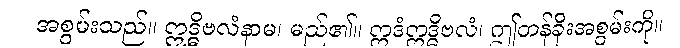
အစွမ်းသည်။ ဣဒ္ဓိဗလံနာမ၊ မည်၏။ ဣဒံဣဒ္ဓိဗလံ၊ ဤတန်ခိုးအစွမ်းကို။